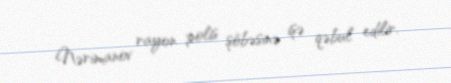
Nərimanov rayon polis şöbəsinə işə qəbul edilir.